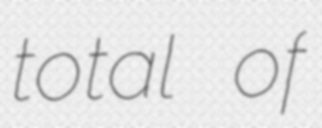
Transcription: total of